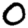
Digit: 0